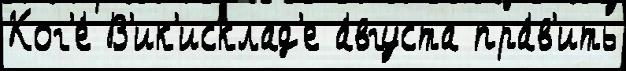
Ког'е́ В'ик'исклад'е а́вгуста пра́в'ить